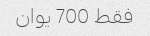
فقط 700 یوان